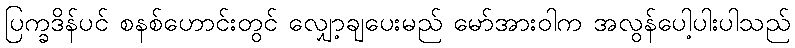
ပြက္ခဒိန်ပင် စနစ်ဟောင်းတွင် လျှော့ချပေးမည် မော်အားဝါက အလွန်ပေါ့ပါးပါသည်